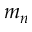
m _ { n }